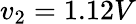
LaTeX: v_{2}=1.12V